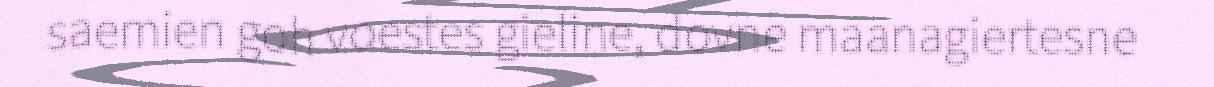
saemien goh voestes gieline, dovne maanagiertesne